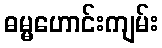
ဓမ္မဟောင်းကျမ်း